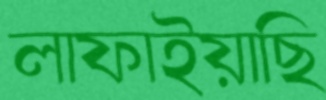
লাফাইয়াছি